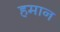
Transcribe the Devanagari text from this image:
हमान